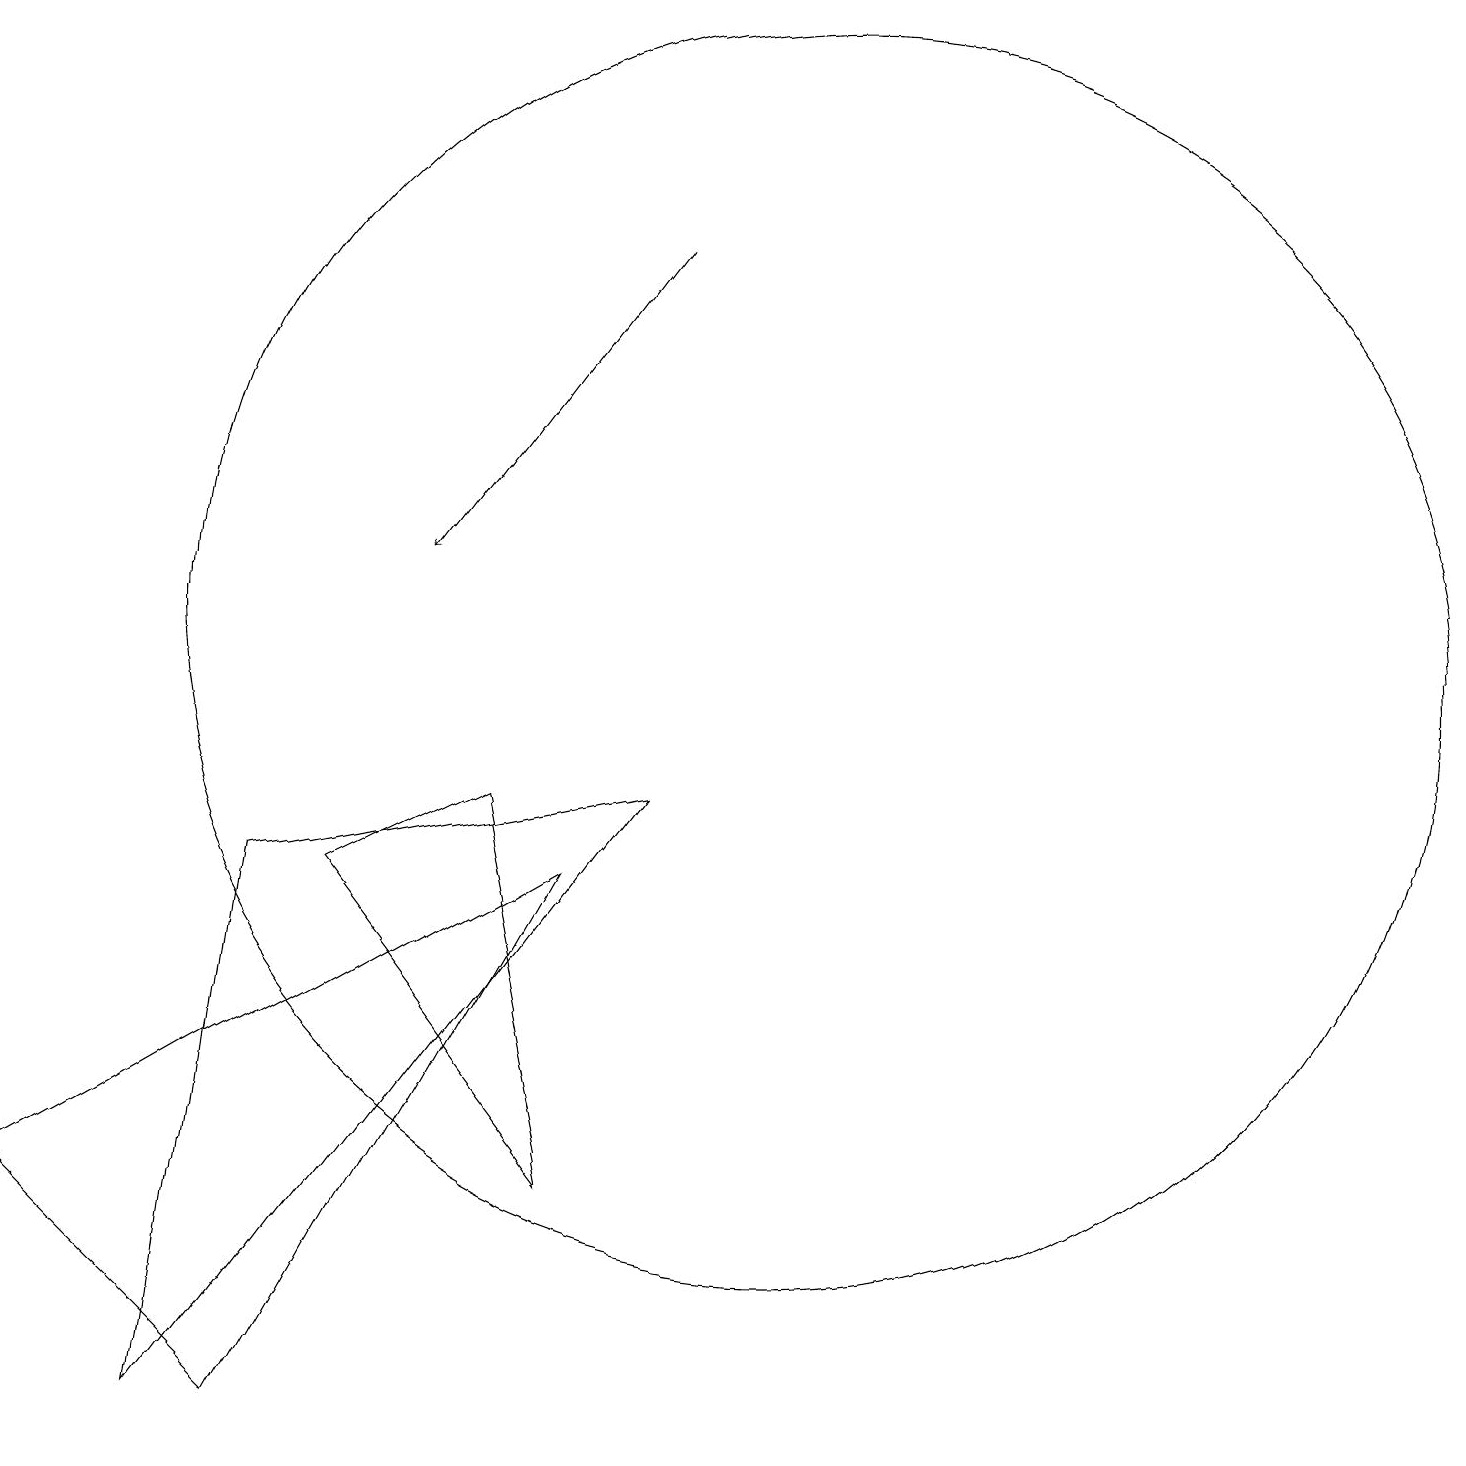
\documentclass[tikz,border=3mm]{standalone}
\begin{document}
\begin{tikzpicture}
\draw (10,11) circle (8);
\draw (0,4) -- (3,1) -- (7,8) -- cycle;
\draw[->] (8,16) -- (5,12);
\draw (8,9) -- (3,8) -- (2,1) -- cycle;
\draw (4,8) -- (7,4) -- (6,9) -- cycle;
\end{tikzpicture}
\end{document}